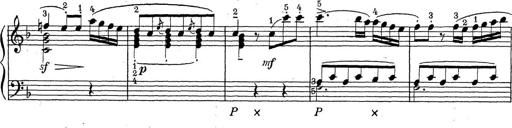
Title: ÄŒeskÃ© Sonatiny
Composer: Various